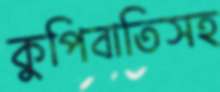
কুপিবাতিসহ